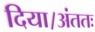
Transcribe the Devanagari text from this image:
दिया।अंततः